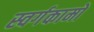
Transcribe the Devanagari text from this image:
स्वर्गकामो